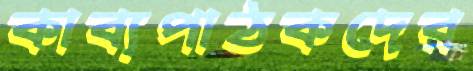
কাব্যপাঠকদের